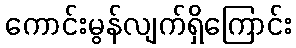
ကောင်းမွန်လျက်ရှိကြောင်း